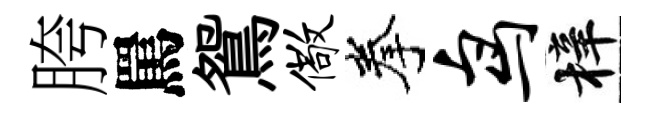
胯罵鴛儆拳鸟梓